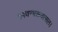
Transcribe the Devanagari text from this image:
भगवन्भक्तवत्सल।